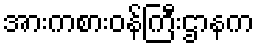
အားကစားဝန်ကြီးဌာနက